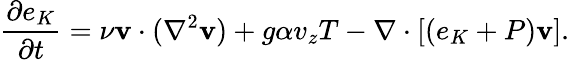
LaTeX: \frac{\partial e_{K}}{\partial t}=\nu\mathbf{v}\cdot(\nabla^{2}\mathbf{v})+g\alpha v_{z}T-\nabla\cdot[(e_{K}+P)\mathbf{v}].